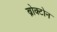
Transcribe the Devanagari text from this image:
ब्रोक्टोन